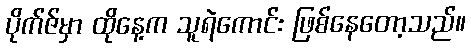
ပိုက်ဇ်မှာ ထိုနေ့က သူရဲကောင်း ဖြစ်နေတော့သည်။